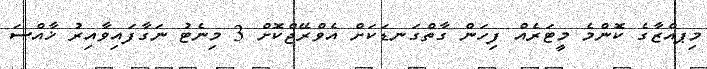
މިޕއްޒާގެ ކޮންމެ މީޓަރެއް ފިހަން ގާތްގަނޑަކަށް އެވްރޭޖްކޮށް 3 މިނެޓު ނަގާފައިވާއިރު ޚާއްސަ